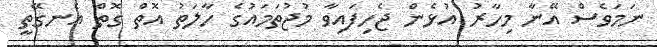
ނަމަވެސް އޭނާ މިހާރު އުޅެން ޖެހިފައިވާ މުޖުތަމައުގެ ހާލަތު އޮތް ގޮތް އެނގޭތީ